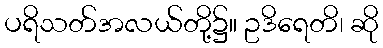
ပရိသတ်အလယ်တို့၌။ ဥဒိရေတိ၊ ဆို